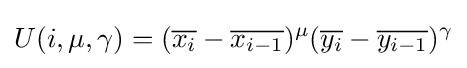
U(i,\mu ,\gamma )=({\overline {x_{i}}}-{\overline {x_{i-1}}})^{\mu }({\overline {y_{i}}}-{\overline {y_{i-1}}})^{\gamma }